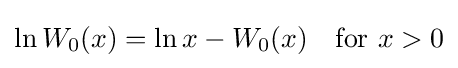
\ln W_{0}(x)=\ln x-W_{0}(x)\quad {\text{for }}x>0